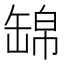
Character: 𦈿